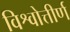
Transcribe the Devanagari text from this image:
विश्वोत्तीर्ण